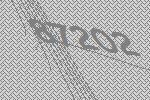
87202